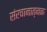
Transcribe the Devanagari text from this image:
संरचानात्नक